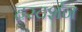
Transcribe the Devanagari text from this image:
हरदर्शन